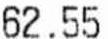
62.55